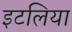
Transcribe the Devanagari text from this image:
इटलिया